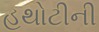
હથોટીની